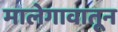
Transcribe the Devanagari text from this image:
मालेगावातून